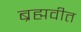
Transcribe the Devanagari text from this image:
ब्रह्मवीत